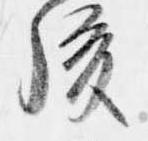
後